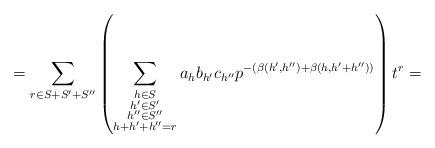
LaTeX: \begin{align*}&=\sum_{r\in S+S'+S''}\left(\sum_{\substack{h\in S \\ h'\in S' \\ h''\in S'' \\ h+h'+h''=r}}a_{h}b_{h'}c_{h''}p^{-(\beta(h',h'')+\beta(h,h'+h''))}\right)t^{r}= \end{align*}